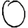
Digit: 0